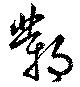
鄴